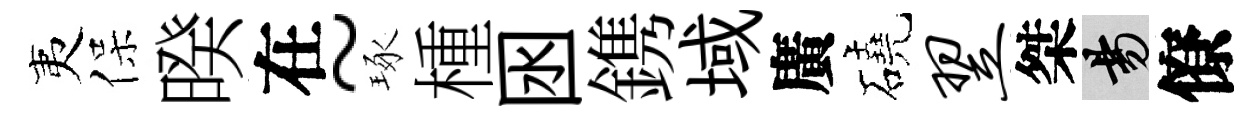
夷保暌在~琢㮔囦鎸域廣磽翌桀昜僚